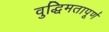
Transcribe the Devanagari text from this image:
वुद्धिमतापूर्ण